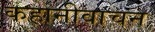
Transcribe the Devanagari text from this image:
कहानीवाचन